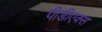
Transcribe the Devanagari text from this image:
पीडीएक्स